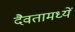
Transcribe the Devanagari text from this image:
दैवतामध्यें